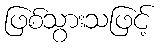
ဖြစ်သွားသဖြင့်